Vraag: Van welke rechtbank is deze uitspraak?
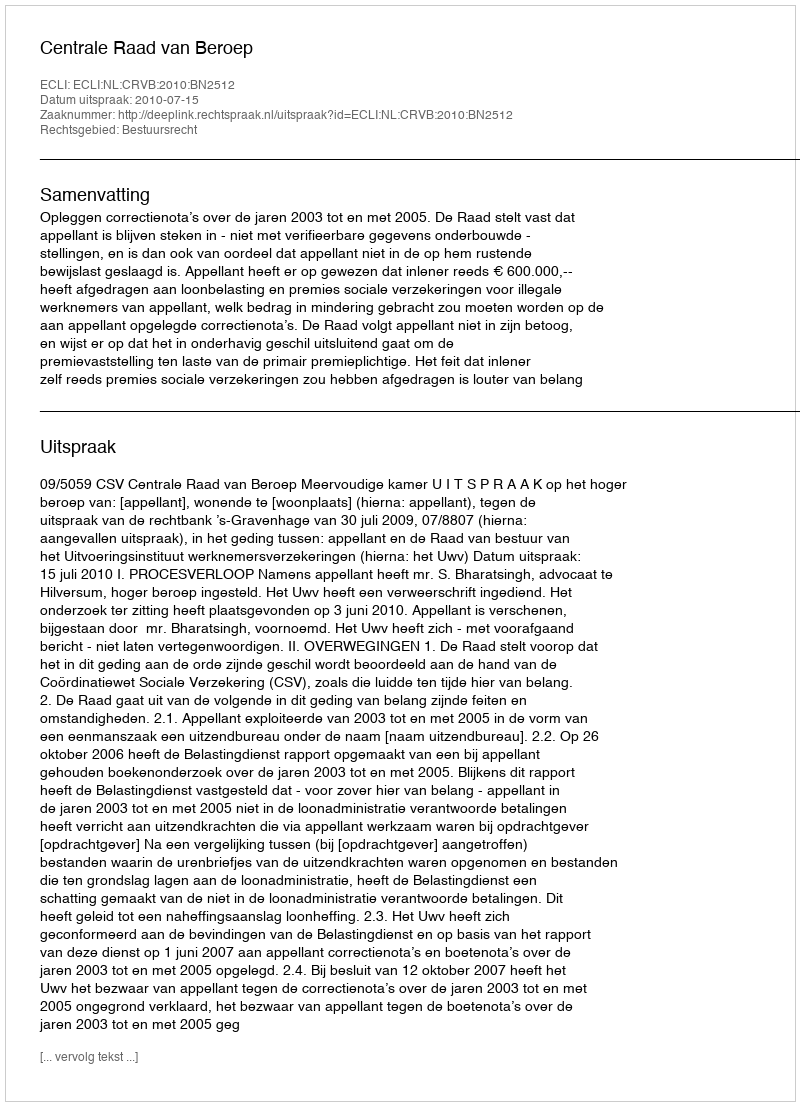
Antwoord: Centrale Raad van Beroep